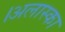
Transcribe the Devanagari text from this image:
।अलास्का